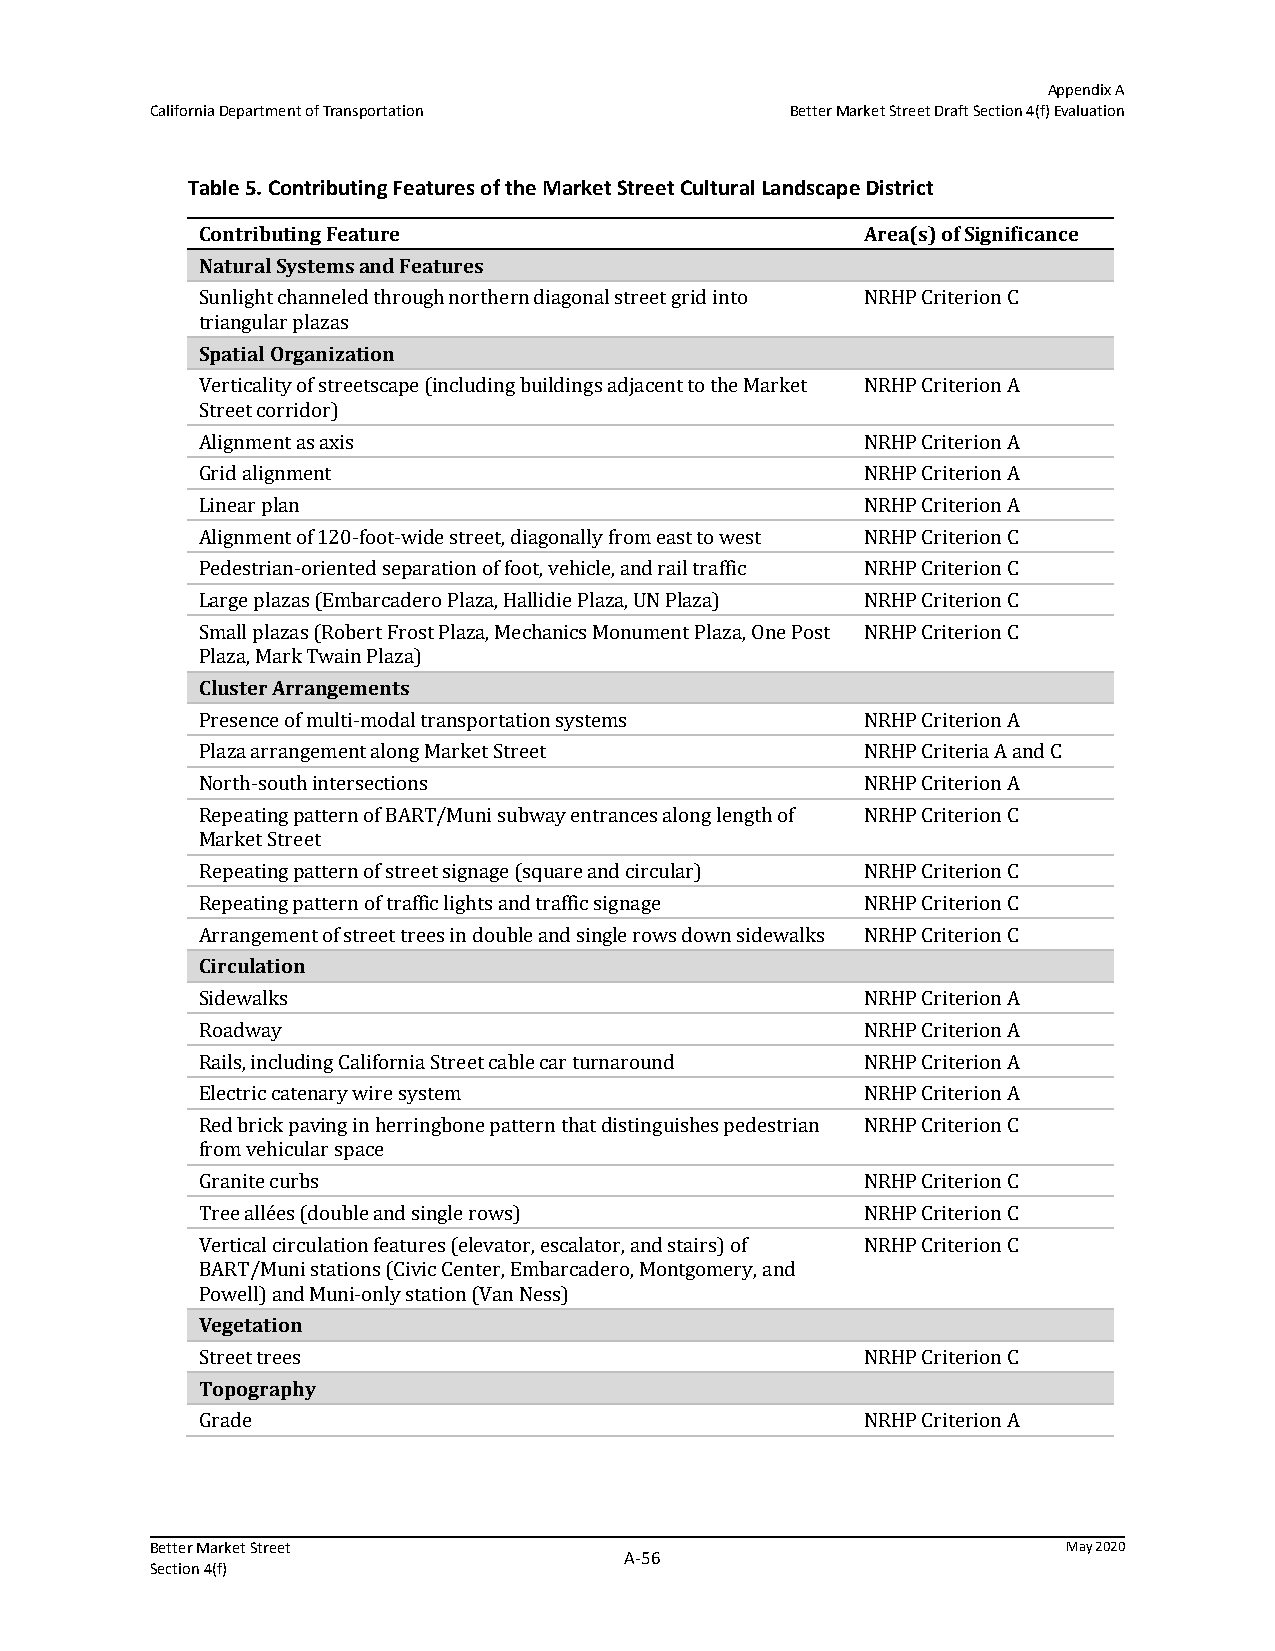
Appendix A
 California Department of Transportation   Better Market Street Draft Section 4(f) Evaluation
 Table 5. Contributing Features of the Market Street Cultural Landscape District
 Contributing Feature                        Area(s) of Significance
 Natural Systems and Features
 Sunlight channeled through northern diagonal street grid into NRHP Criterion C
 triangular plazas
 Spatial Organization
 Verticality of streetscape (including buildings adjacent to the Market NRHP Criterion A
 Street corridor)
 Alignment as axis                           NRHP Criterion A
 Grid alignment                              NRHP Criterion A
 Linear plan                                 NRHP Criterion A
 Alignment of 120-foot-wide street, diagonally from east to west NRHP Criterion C
 Pedestrian-oriented separation of foot, vehicle, and rail traffic NRHP Criterion C
 Large plazas (Embarcadero Plaza, Hallidie Plaza, UN Plaza) NRHP Criterion C
 Small plazas (Robert Frost Plaza, Mechanics Monument Plaza, One Post NRHP Criterion C
 Plaza, Mark Twain Plaza)
 Cluster Arrangements
 Presence of multi-modal transportation systems NRHP Criterion A
 Plaza arrangement along Market Street       NRHP Criteria A and C
 North-south intersections                   NRHP Criterion A
 Repeating pattern of BART/Muni subway entrances along length of NRHP Criterion C
 Market Street
 Repeating pattern of street signage (square and circular) NRHP Criterion C
 Repeating pattern of traffic lights and traffic signage NRHP Criterion C
 Arrangement of street trees in double and single rows down sidewalks NRHP Criterion C
 Circulation
 Sidewalks                                   NRHP Criterion A
 Roadway                                     NRHP Criterion A
 Rails, including California Street cable car turnaround NRHP Criterion A
 Electric catenary wire system               NRHP Criterion A
 Red brick paving in herringbone pattern that distinguishes pedestrian NRHP Criterion C
 from vehicular space
 Granite curbs                               NRHP Criterion C
 Tree allées (double and single rows)        NRHP Criterion C
 Vertical circulation features (elevator, escalator, and stairs) of NRHP Criterion C
 BART/Muni stations (Civic Center, Embarcadero, Montgomery, and
 Powell) and Muni-only station (Van Ness)
 Vegetation
 Street trees                                NRHP Criterion C
 Topography
 Grade                                       NRHP Criterion A
 Better Market Street                                         May 2020
 A‐56
 Section 4(f)